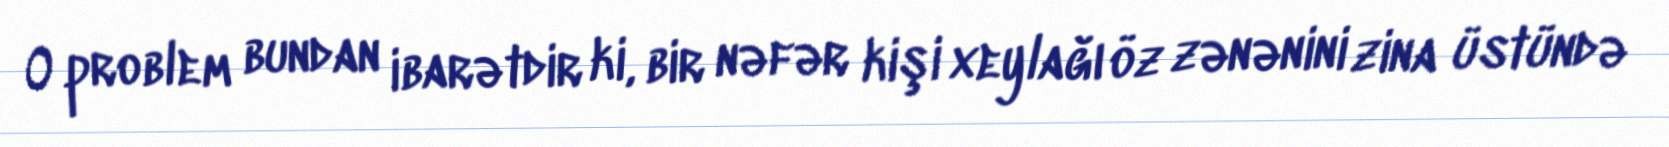
O problem bundan ibarətdir ki, bir nəfər kişi xeylağı öz zənənini zina üstündə